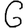
Digit: 6